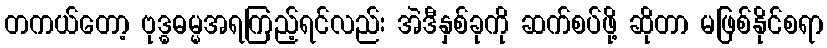
တကယ်တော့ ဗုဒ္ဓဓမ္မအရကြည့်ရင်လည်း အဲဒီနှစ်ခုကို ဆက်စပ်ဖို့ ဆိုတာ မဖြစ်နိုင်စရာ